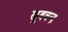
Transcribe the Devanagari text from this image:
खूबचन्द्र